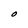
Character: O